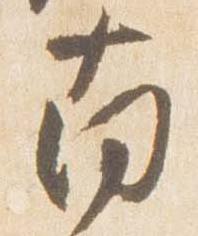
南